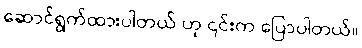
ဆောင်ရွက်ထားပါတယ် ဟု ၎င်းက ပြောပါတယ်။